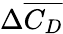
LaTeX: \Delta\overline{{C_{D}}}